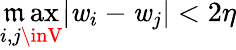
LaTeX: \operatorname*{\mathfrak{m}ax}_{i,j\inV}|\mathit{w}_{i}-\mathit{w}_{j}|<2\eta